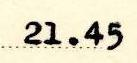
21.45